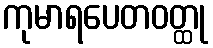
ကုမာရပေတဝတ္ထု